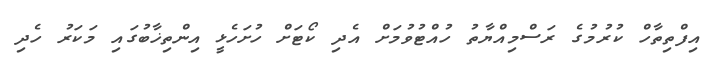
އިފްތިތާހް ކުރުމުގެ ރަސްމިއްޔާތު ހުއްޓުވުމަށް އެދި ކޯޓަށް ހުށަހެޅީ އިންތިޚާބުގައި މަކަރު ހެދި